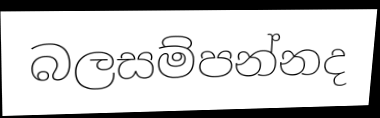
බලසම්පන්නද